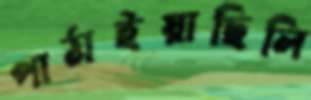
পাঠাইয়াছিলি